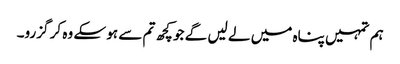
ہم تمہیں پناہ میں لے لیں گے جو کچھ تم سے ہو سکے وہ کر گزرو۔